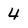
Character: 4